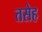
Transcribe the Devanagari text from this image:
तसेह